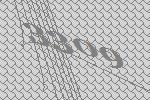
3309